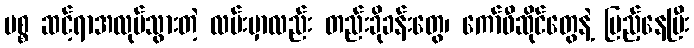
မစ္စ ဆင့်ရာအလုပ်သွားတဲ့ လမ်းမှာလည်း တည်းခိုခန်းတွေ၊ ကော်ဖီဆိုင်တွေနဲ့ ပြည့်နေပြီး